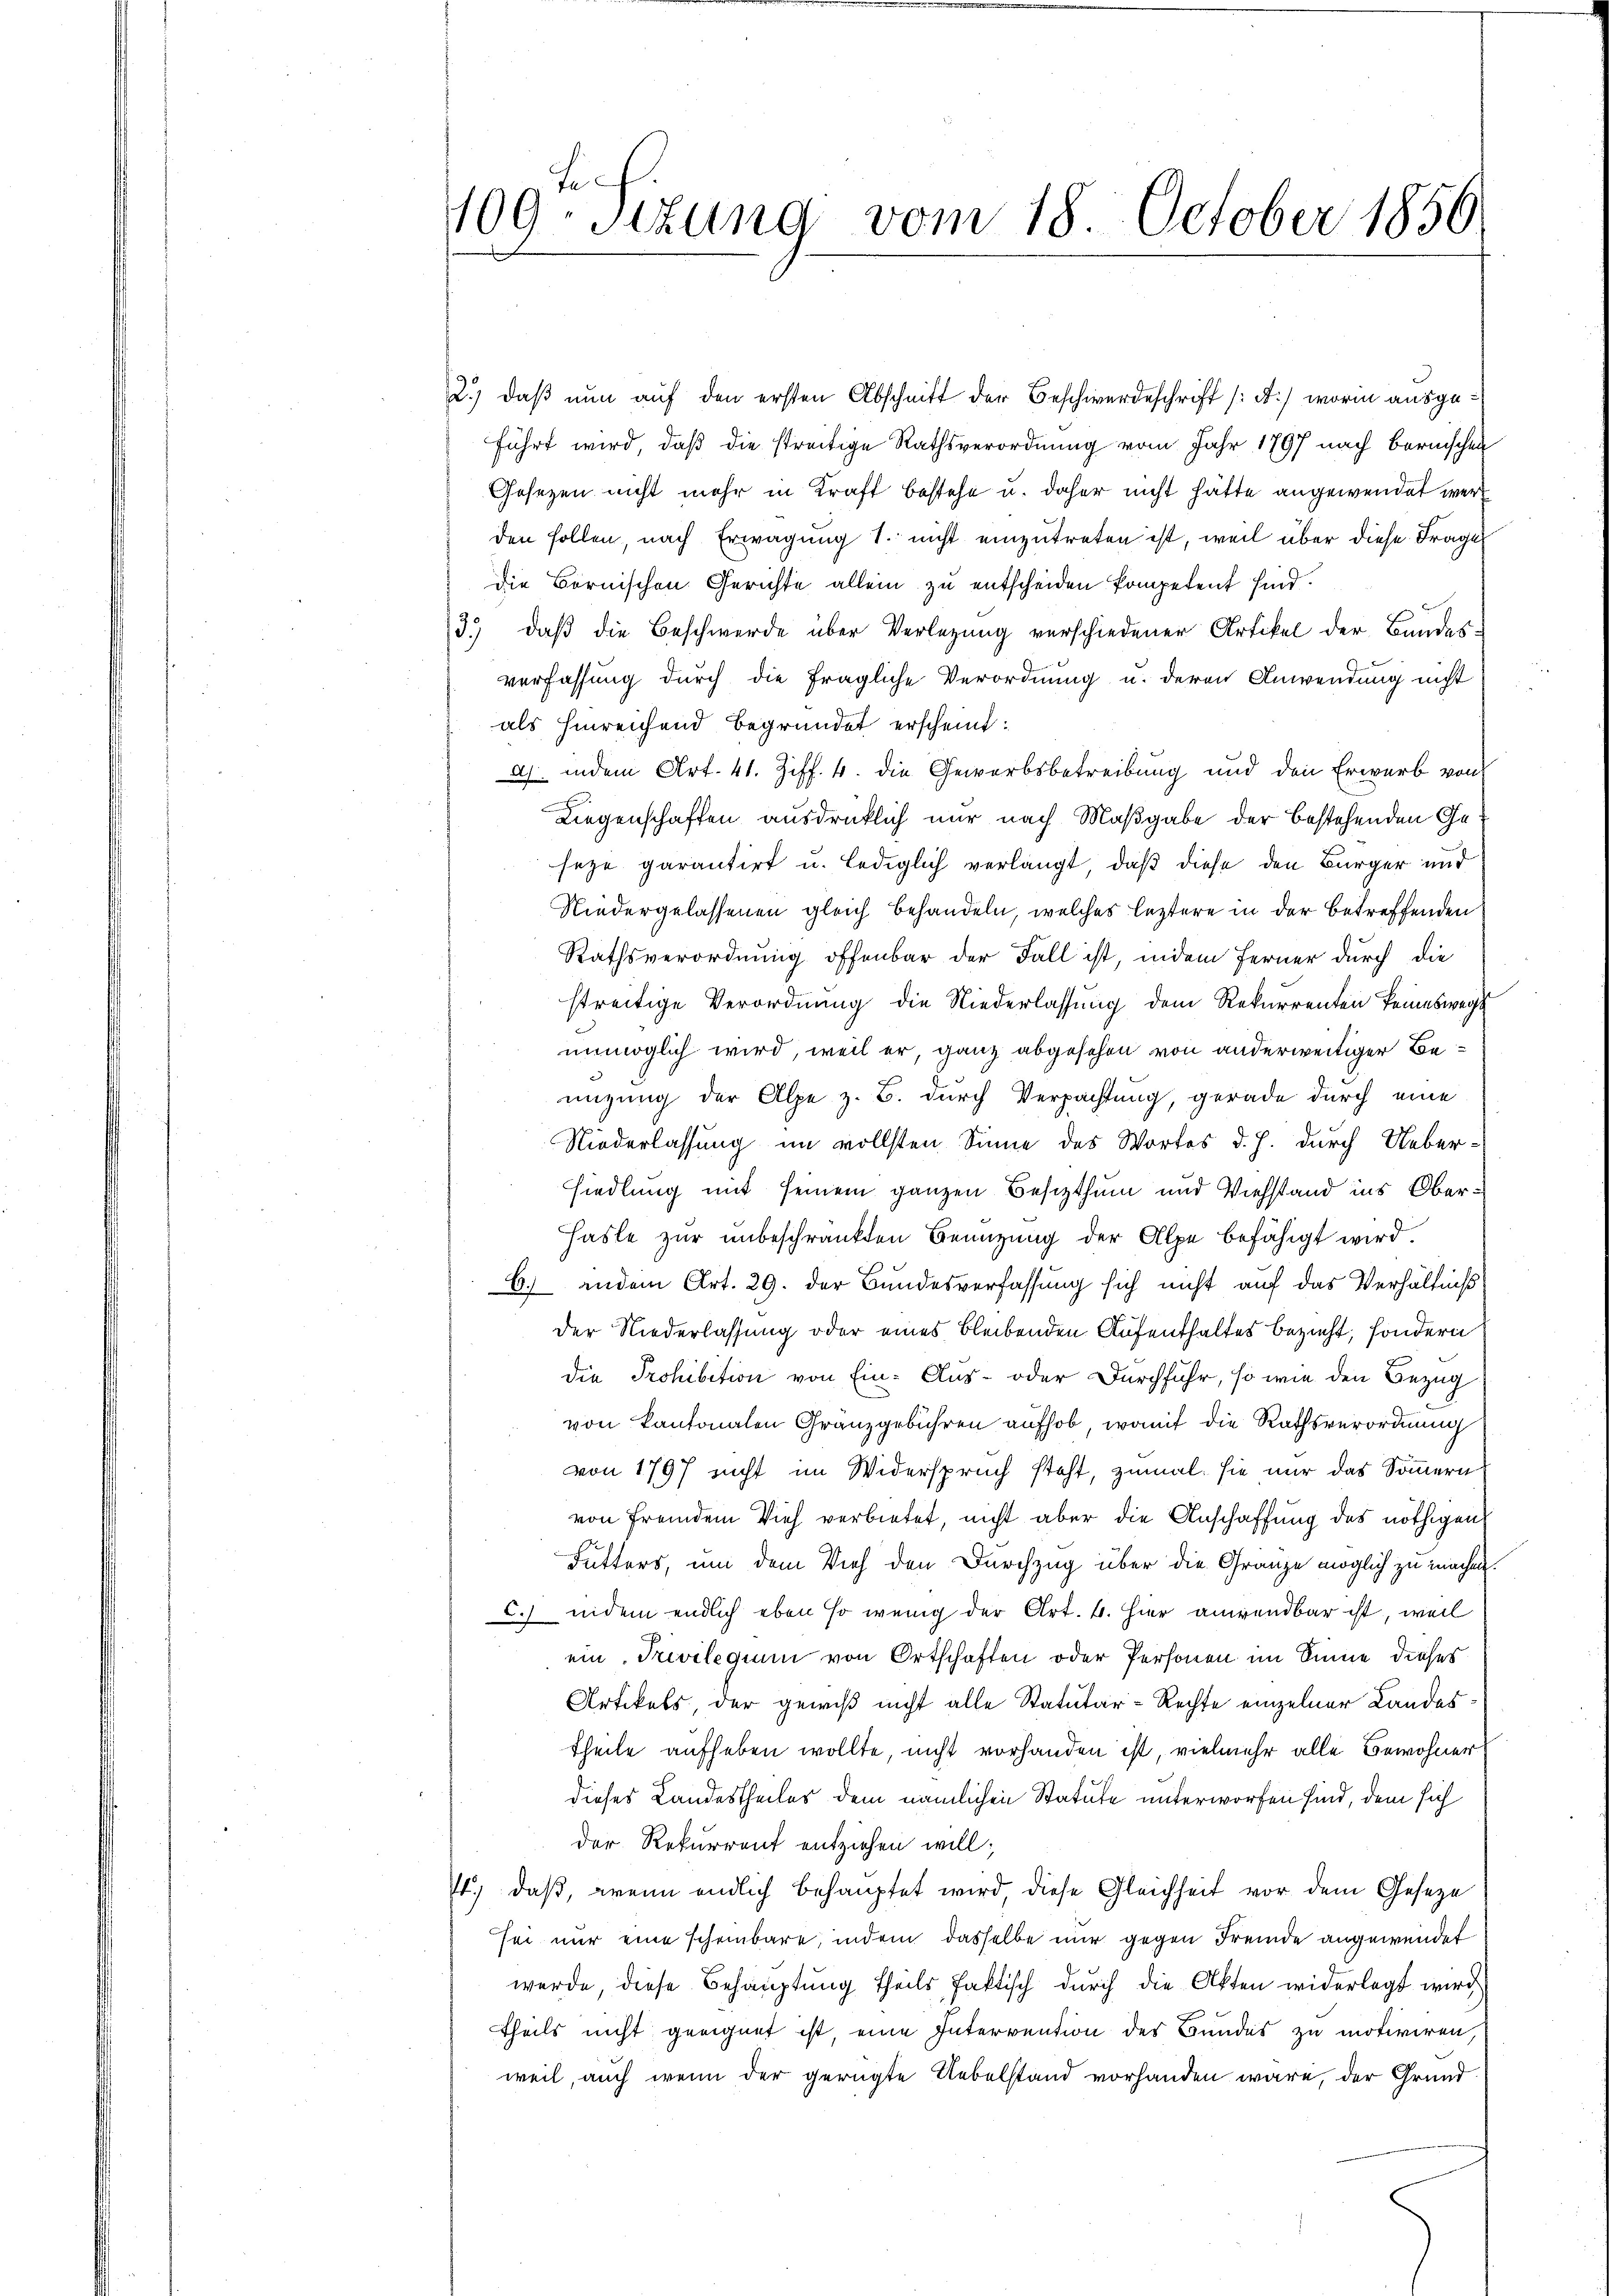
109. Sizung vom 18. October 1856

2.) daß nun auf den ersten Abschnitt der Beschwerdeschrift (A.) worin ausgeführt wird, daß die streitige Rathsverordnung vom Jahr 1797 nach Bernischen
Gesezen nicht mehr in Kraft bestehe u. daher nicht hätte angewendet werd
den sollen, nach Erwägung 1. nicht einzutreten ist, weil über diese Frage
die Bornischen Gerichte allein zu entscheiden kompetent sind.
3.) daß die Beschwerde über Verlegung verschiedener Artikel der Bundes-
verfassung durch die fragliche Verordnung u. deren Anwendung nicht
als hinreichend begründet erscheint:
a) indem Art. 41. Ziff. 4. die Gewerbsbetreibung und den Erwerb von
Liegenschaften ausdrücklich nur nach Maßgabe der bestehenden Geseze garantirt u. lediglich verlangt, daß diese den Bürger und
Niedergelassenen gleich behandeln, welches leztere in der betreffenden
Rathsverordnung offenbar der Fall ist, indem Ferner durch die
streitige Verordnung die Niederlassung dem Rekurrenten keinesweg
unmöglich wird, weil er, ganz abgesehen von anderweitiger Benizung der Alpe z. B. durch Verpachtung, gerade durch eine
Niederlassung im vollsten Sinne des Wortes d. J. durch Uebersiedlung mit seinem ganzen Besizthum und Viehstand ins Ober¬
Hasle zur unbeschränkten Benutzung der Alpe befähigt wird.
6. andem Art. 29. der Bundesverfassung sich nicht auf das Verhältniß
der Niederlassung oder eines bleibenden Aufenthaltes bezieht, sondern
die Prohibition von Ein- Aus- oder Durchfuhr, so wie den Bezug
von Kantonalen Gränzgebühren aufhob, womit die Rathsverordnung
von 1797 nicht im Widerspruch steht, zumal sie nur das Sommern
von fremdem Vieh verbietet, nicht aber die Anschaffung des nöthigen
Futters, um dem Vieh den Durchzug über die Gränze möglich zu machen.
c.) indem endlich eben so wenig der Art. 4. Hier anwendbar ist, weil
ein. Privilegium von Ortschaften oder Personen im Sinne dieses
Artikels, der gewiß nicht alle Statutar-Rechte einzelner Landes
theile aufheben wollte, nicht vorhanden ist, vielmehr alle Bewohner
dieses Landestheiles dem nämlichen Statute unterworfen sind, dem sich
der Rekurrent entziehen will;
4.) daß, wenn endlich behauptet wird, diese Gleichheit vor dem Geseze
sei nur eine scheinbare, indem dasselbe mir gegen Fremde angewendet
werde, diese Behauptung theils faktisch durch die Akten widerlegt wird
theils nicht geeignet ist, eine Intervention des Bundes zu motiviren,
weil, auch wenn der gerügte Uebelstand vorhanden wäre, der Grund